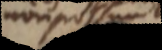
non possunt